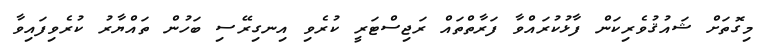
މިގޮތަށް ޝައުޤުވެރިކަން ފާޅުކުރައްވާ ފަރާތްތައް ރަޖިސްޓަރީ ކުރެވި އިނގިރޭސި ބަހުން ތައްޔާރު ކުރެވިފައިވާ